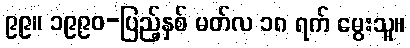
၉၉။ ၁၉၉၀-ပြည့်နှစ် မတ်လ ၁၈ ရက် မွေးသူ။